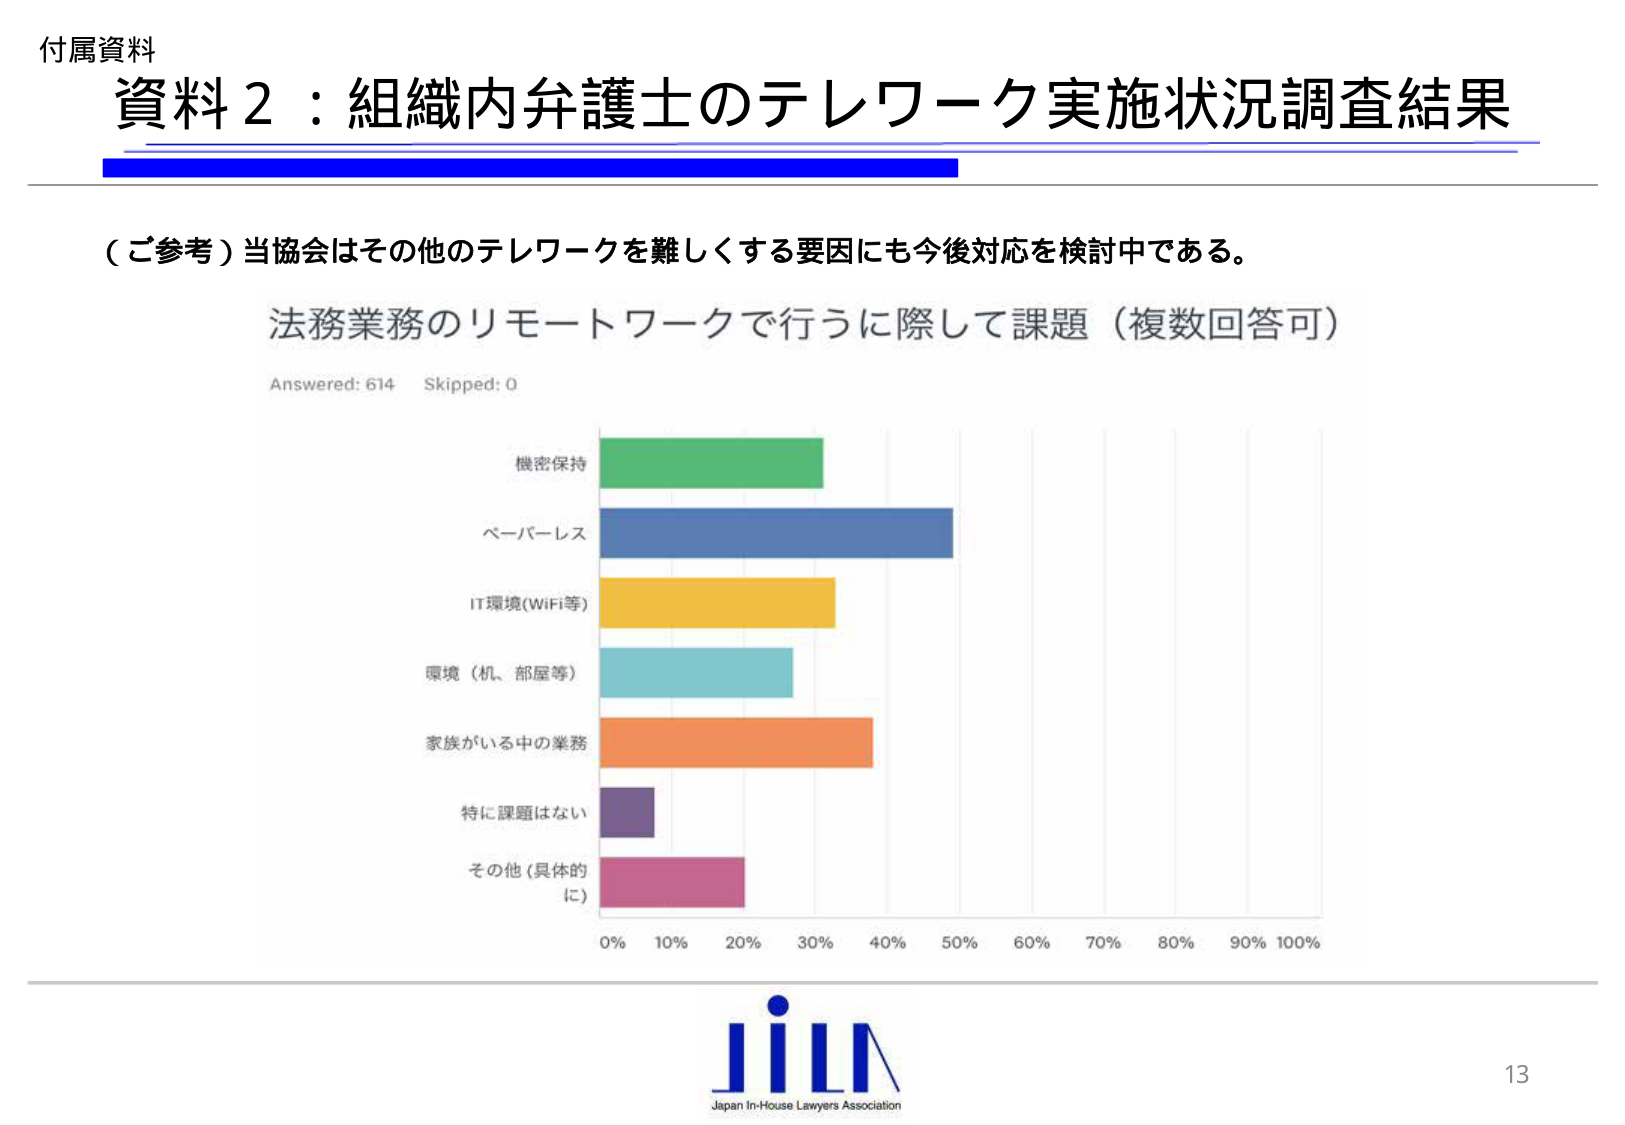
付属資料
資料２：組織内弁護士のテレワーク実施状況調査結果

（ご参考）当協会はその他のテレワークを難しくする要因にも今後対応を検討中である。

法務業務のリモートワークで行うに際して課題（複数回答可）
Answered: 614  Skipped: 0

機密保持
ペーパーレス
IT環境(WiFi等)
環境（机、部屋等）
家族がいる中の業務
特に課題はない
その他（具体的に）

0%  10%  20%  30%  40%  50%  60%  70%  80%  90%  100%

JILA
Japan In-House Lawyers Association
13